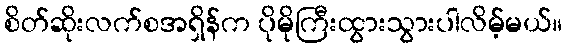
စိတ်ဆိုးလက်စအရှိန်က ပိုမိုကြီးထွားသွားပါလိမ့်မယ်။